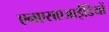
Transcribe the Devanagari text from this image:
एनएसएआईडियों